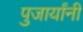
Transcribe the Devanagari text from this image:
पुजार्यांनी